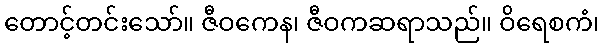
တောင့်တင်းသော်။ ဇီဝကေန၊ ဇီဝကဆရာသည်။ ဝိရေစကံ၊